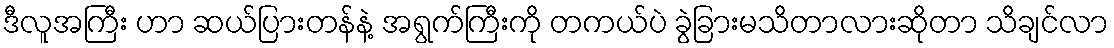
ဒီလူအကြီး ဟာ ဆယ်ပြားတန်နဲ့ အရွက်ကြီးကို တကယ်ပဲ ခွဲခြားမသိတာလားဆိုတာ သိချင်လာ